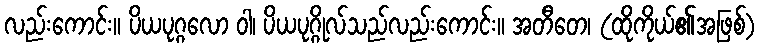
လည်းကောင်း။ ပိယပုဂ္ဂလော ဝါ၊ ပိယပုဂ္ဂိုလ်သည်လည်းကောင်း။ အတီတေ၊ (ထိုကိုယ်၏အဖြစ်)